Annual statistical returns and brief notes on vaccination in Bengal - 1896-1909
Year: 1896
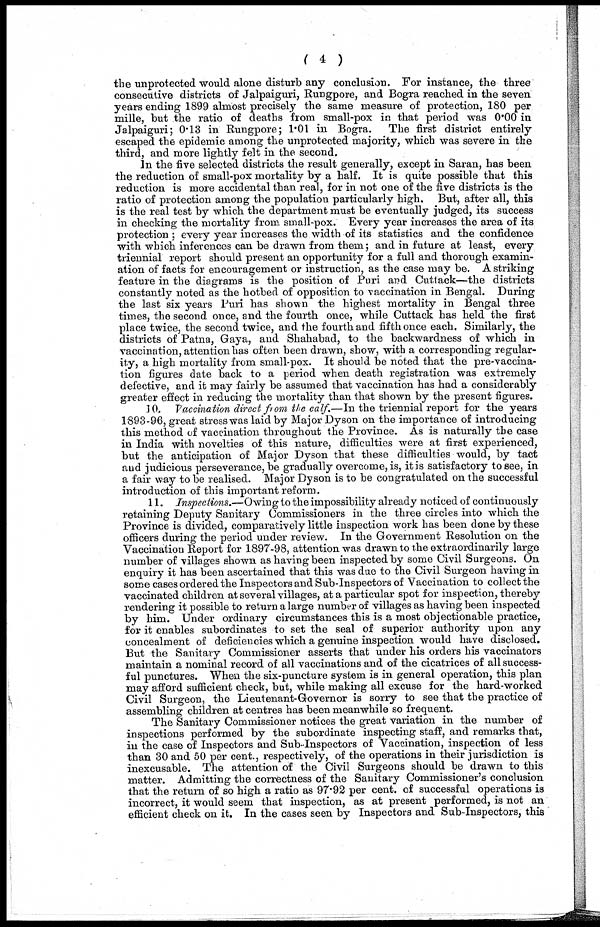
( 4 )
the unprotected would alone disturb any conclusion. For instance, the three
consecutive districts of Jalpaiguri, Rungpore, and Bogra reached in the seven
years ending 1899 almost precisely the same measure of protection, 180 per
mille, but the ratio of deaths from small-pox in that period was 0.00 in
Jalpaiguri; 0.13 in Rungpore; 1.01 in Bogra. The first district entirely
escaped the epidemic among the unprotected majority, which was severe in the
third, and more lightly felt in the second.
In the five selected districts the result generally, except in Saran, has been
the reduction of small-pox mortality by a half. It is quite possible that this
reduction is more accidental than real, for in not one of the five districts is the
ratio of protection among the population particularly high. But, after all, this
is the real test by which the department must be eventually judged, its success
in checking the mortality from small-pox. Every year increases the area of its
protection ; every year increases the width of its statistics and the confidence
with which inferences can be drawn from them; and in future at least, every
triennial report should present an opportunity for a full and thorough examin-
ation of facts for encouragement or instruction, as the case may be. A striking
feature in the diagrams is the position of Puri and Cuttack—the districts
constantly noted as the hotbed of opposition to vaccination in Bengal. During
the last six years Puri has shown the highest mortality in Bengal three
times, the second once, and the fourth once, while Cuttack has held the first
place twice, the second twice, and the fourth and fifth once each. Similarly, the
districts of Patna, Gaya, and Shahabad, to the backwardness of which in
vaccination, attention has often been drawn, show, with a corresponding regular-
ity, a high mortality from small-pox. It should be noted that the pre-vaccina-
tion figures date back to a period when death registration was extremely
defective, and it may fairly be assumed that vaccination has had a considerably
greater effect in reducing the mortality than that shown by the present figures.
10. Vaccination direct from the calf.—In the triennial report for the years
1893-96, great stress was laid by Major Dyson on the importance of introducing
this method of vaccination throughout the Province. As is naturally the case
in India with novelties of this nature, difficulties were at first experienced,
but the anticipation of Major Dyson that these difficulties would, by tact
and judicious perseverance, be gradually overcome, is, it is satisfactory to see, in
a fair way to be realised. Major Dyson is to be congratulated on the successful
introduction of this important reform.
11. Inspections.—Owing to the impossibility already noticed of continuously
retaining Deputy Sanitary Commissioners in the three circles into which the
Province is divided, comparatively little inspection work has been done by these
officers during the period under review. In the Government Resolution on the
Vaccination Report for 1897-98, attention was drawn to the extraordinarily large
number of villages shown as having been inspected by some Civil Surgeons. On
enquiry it has been ascertained that this was due to the Civil Surgeon having in
some cases ordered the Inspectors and Sub-Inspectors of Vaccination to collect the
vaccinated children at several villages, at a particular spot for inspection, thereby
rendering it possible to return a large number of villages as having been inspected
by him. Under ordinary circumstances this is a most objectionable practice,
for it enables subordinates to set the seal of superior authority upon any
concealment of deficiencies which a genuine inspection would have disclosed.
But the Sanitary Commissioner asserts that under his orders his vaccinators
maintain a nominal record of all vaccinations and of the cicatrices of all success-
ful punctures. When the six-puncture system is in general operation, this plan
may afford sufficient check, but, while making all excuse for the hard-worked
Civil Surgeon, the Lieutenant-Governor is sorry to see that the practice of
assembling children at centres has been meanwhile so frequent.
The Sanitary Commissioner notices the great variation in the number of
inspections performed by the subordinate inspecting staff, and remarks that,
in the case of Inspectors and Sub-Inspectors of Vaccination, inspection of less
than 30 and 50 per cent., respectively, of the operations in their jurisdiction is
inexcusable. The attention of the Civil Surgeons should be drawn to this
matter. Admitting the correctness of the Sanitary Commissioner's conclusion
that the return of so high a ratio as 97.92 per cent. of successful operations is
incorrect, it would seem that inspection, as at present performed, is not an
efficient check on it. In the cases seen by Inspectors and Sub-Inspectors, this